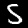
Label: 5